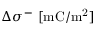
\Delta \sigma ^ { - } ~ [ \mathrm { m C / m ^ { 2 } } ]